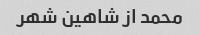
محمد از شاهین شهر